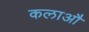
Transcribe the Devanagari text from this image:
कलाऔ